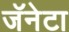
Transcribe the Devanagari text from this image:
जॅनेटा